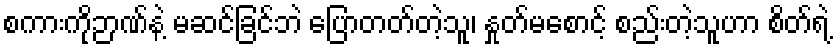
စကားကိုဉာဏ်နဲ့ မဆင်ခြင်ဘဲ ပြောတတ်တဲ့သူ၊ နှုတ်မစောင့် စည်းတဲ့သူဟာ စိတ်ရဲ့